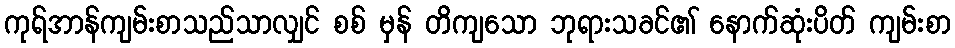
ကုရ်အာန်ကျမ်းစာသည်သာလျှင် စစ် မှန် တိကျသော ဘုရားသခင်၏ နောက်ဆုံးပိတ် ကျမ်းစာ